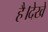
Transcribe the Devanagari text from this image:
है।देखें